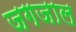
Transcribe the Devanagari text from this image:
जगजाल